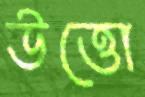
উত্তো